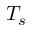
T _ { s }